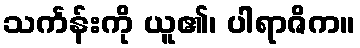
သင်္ကန်းကို ယူ၏၊ ပါရာဇိက။